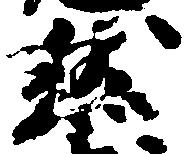
然